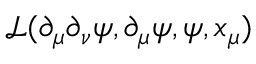
\mathcal { L } ( \partial _ { \mu } \partial _ { \nu } \psi , \partial _ { \mu } \psi , \psi , x _ { \mu } )